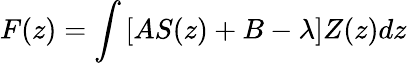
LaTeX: F(z)=\int\left[AS(z)+B-\lambda\right]Z(z)dz